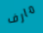
مارف